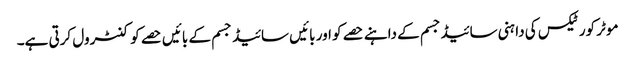
موٹر کورٹیکس کی دا ہنی سائیڈجسم کے داہنے حصے کو اور بائیں سائیڈ جسم کے بائیں حصے کو کنٹرول کرتی ہے۔